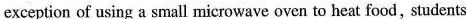
exception of using a small microwave oven to heat food, students